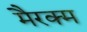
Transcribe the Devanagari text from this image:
मैरक्म